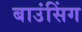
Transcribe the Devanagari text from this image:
बाउंसिंग